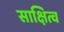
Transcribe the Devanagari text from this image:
साक्षित्व